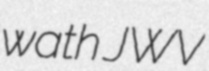
wath JWV